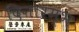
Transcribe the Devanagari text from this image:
दिनारम्भ